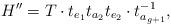
LaTeX: \begin{align*}H^{\prime\prime}=T \cdot t_{e_1}t_{a_2}t_{e_2} \cdot t_{a_{g+1}}^{-1},\end{align*}